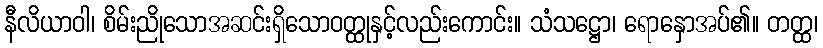
နီလိယာဝါ၊ စိမ်းညိုသောအဆင်းရှိသောဝတ္ထုနှင့်လည်းကောင်း။ သံသဋ္ဌော၊ ရောနှောအပ်၏။ တတ္ထ၊